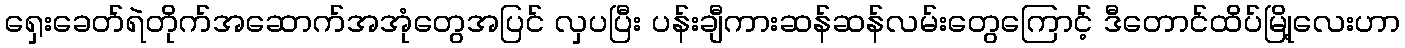
ရှေးခေတ်ရဲတိုက်အဆောက်အအုံတွေအပြင် လှပပြီး ပန်းချီကားဆန်ဆန်လမ်းတွေကြောင့် ဒီတောင်ထိပ်မြို့လေးဟာ